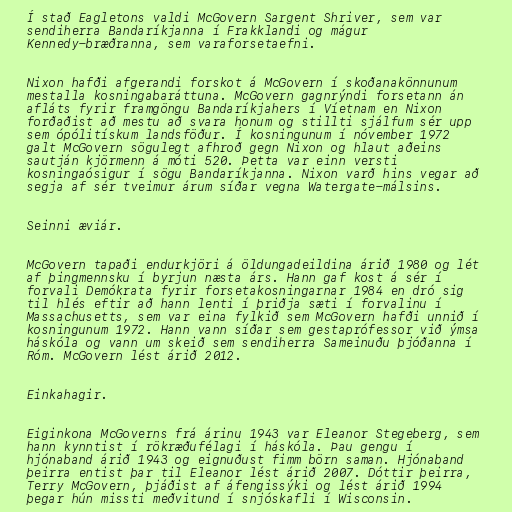
Í stað Eagletons valdi McGovern Sargent Shriver, sem var
sendiherra Bandaríkjanna í Frakklandi og mágur
Kennedy-bræðranna, sem varaforsetaefni.

Nixon hafði afgerandi forskot á McGovern í skoðanakönnunum
mestalla kosningabaráttuna. McGovern gagnrýndi forsetann án
afláts fyrir framgöngu Bandaríkjahers í Víetnam en Nixon
forðaðist að mestu að svara honum og stillti sjálfum sér upp
sem ópólitískum landsföður. Í kosningunum í nóvember 1972
galt McGovern sögulegt afhroð gegn Nixon og hlaut aðeins
sautján kjörmenn á móti 520. Þetta var einn versti
kosningaósigur í sögu Bandaríkjanna. Nixon varð hins vegar að
segja af sér tveimur árum síðar vegna Watergate-málsins.

Seinni æviár.

McGovern tapaði endurkjöri á öldungadeildina árið 1980 og lét
af þingmennsku í byrjun næsta árs. Hann gaf kost á sér í
forvali Demókrata fyrir forsetakosningarnar 1984 en dró sig
til hlés eftir að hann lenti í þriðja sæti í forvalinu í
Massachusetts, sem var eina fylkið sem McGovern hafði unnið í
kosningunum 1972. Hann vann síðar sem gestaprófessor við ýmsa
háskóla og vann um skeið sem sendiherra Sameinuðu þjóðanna í
Róm. McGovern lést árið 2012.

Einkahagir.

Eiginkona McGoverns frá árinu 1943 var Eleanor Stegeberg, sem
hann kynntist í rökræðufélagi í háskóla. Þau gengu í
hjónaband árið 1943 og eignuðust fimm börn saman. Hjónaband
þeirra entist þar til Eleanor lést árið 2007. Dóttir þeirra,
Terry McGovern, þjáðist af áfengissýki og lést árið 1994
þegar hún missti meðvitund í snjóskafli í Wisconsin.